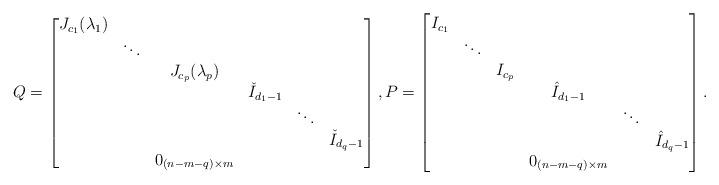
LaTeX: \begin{align*}Q = \begin{bmatrix} J_{c_1}(\lambda_1) \\ & \ddots \\ && J_{c_p}(\lambda_p) \\ &&& \check{I}_{d_1-1} \\ &&&& \ddots \\ &&&&& \check{I}_{d_q-1} \\ && 0_{(n-m-q)\times m}\end{bmatrix}, P = \begin{bmatrix} I_{c_1} \\ & \ddots \\ && I_{c_p} \\ &&& \hat{I}_{d_1-1} \\ &&&& \ddots \\ &&&&& \hat{I}_{d_q-1} \\ &&& 0_{(n-m-q)\times m} \end{bmatrix}.\end{align*}